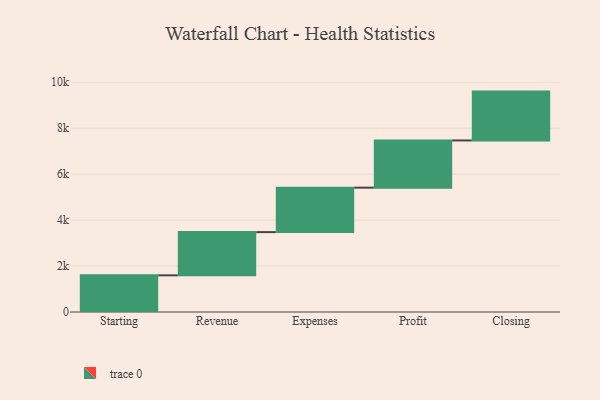
{"axis": {"x": "Step", "y": "Value"}, "legend": [""], "data": [{"x": "Starting", "y": 1596.0, "type": ""}, {"x": "Revenue", "y": 1881.0, "type": ""}, {"x": "Expenses", "y": 1935.0, "type": ""}, {"x": "Profit", "y": 2056.0, "type": ""}, {"x": "Closing", "y": 2126.0, "type": ""}]}